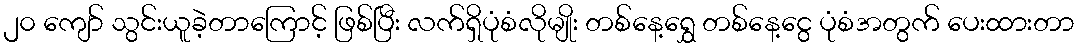
၂၀ ကျော် သွင်းယူခဲ့တာကြောင့် ဖြစ်ပြီး လက်ရှိပုံစံလိုမျိုး တစ်နေ့ရွှေ တစ်နေ့ငွေ ပုံစံအတွက် ပေးထားတာ